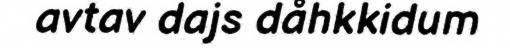
avtav dajs dåhkkidum